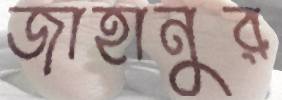
জাহানুর